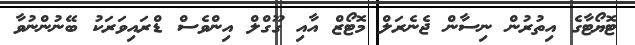
ޓޮޔޯޓާގެ އިތުރުން ނިސާން ޖެނެރަލް މޮޓޯޒް އާއި ގޫގްލް އިންވެސް ޑްރައިވަރަކު ބޭނުންނުވާ